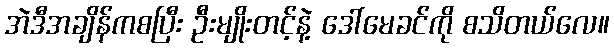
အဲဒီအချိန်ကစပြီး ဦးမျိုးတင့်နဲ့ ဒေါ်မေခင်ကို စသိတယ်လေ။